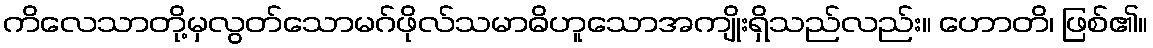
ကိလေသာတို့မှလွတ်သောမဂ်ဖိုလ်သမာဓိဟူသောအကျိုးရှိသည်လည်း။ ဟောတိ၊ ဖြစ်၏။